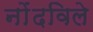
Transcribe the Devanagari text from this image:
नोंंदविले